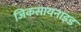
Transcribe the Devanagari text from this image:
जिकसायनाइड